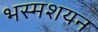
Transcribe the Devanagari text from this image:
भस्मशयन